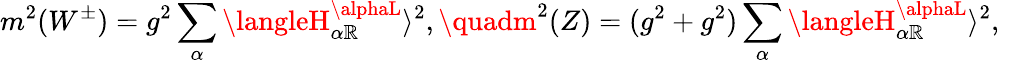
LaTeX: m^{2}(W^{\pm})=g^{2}\sum_{\alpha}\langleH_{\alpha\mathbb{R}}^{\alphaL}\rangle^{2},\quadm^{2}(Z)=(g^{2}+g^{2})\sum_{\alpha}\langleH_{\alpha\mathbb{R}}^{\alphaL}\rangle^{2},\quad